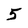
Character: 5